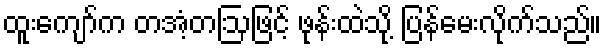
ထူးကျော်က တအံ့တဩဖြင့် ဖုန်းထဲသို့ ပြန်မေးလိုက်သည်။